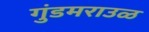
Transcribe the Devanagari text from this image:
गुंडमराउळ